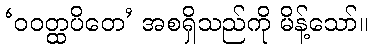
‘ဝဝတ္ထပိတေ’ အစရှိသည်ကို မိန့်သော်။